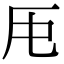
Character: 𠨰